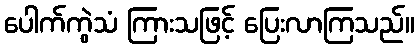
ပေါက်ကွဲသံ ကြားသဖြင့် ပြေးလာကြသည်။